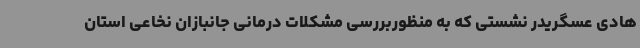
هادی عسگریدر نشستی که به منظوربررسی مشکلات درمانی جانبازان نخاعی استان